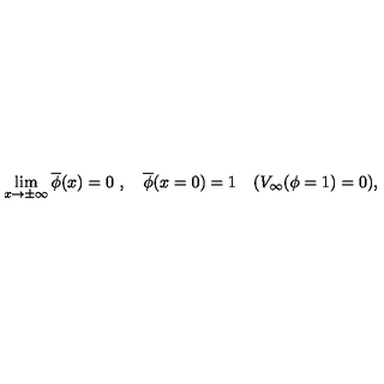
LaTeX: \lim _ { x \to \pm \infty } \overline { { \phi } } ( x ) = 0 \ , \quad \overline { { \phi } } ( x = 0 ) = 1 \quad ( V _ { \infty } ( \phi = 1 ) = 0 ) ,